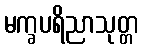
မက္ခပရိညာသုတ္တ